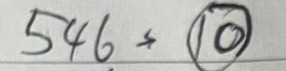
546 = (10)